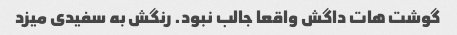
گوشت هات داگش واقعا جالب نبود. رنگش به سفیدی میزد